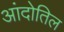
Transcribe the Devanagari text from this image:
आंदोतिल